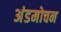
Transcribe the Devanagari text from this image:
अंडमोचन